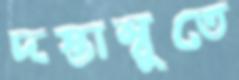
দস্তাম্বুতে